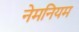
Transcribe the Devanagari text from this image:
नेमनियम